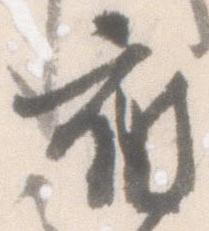
被